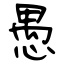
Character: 愚